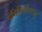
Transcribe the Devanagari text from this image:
पॅपिनिकोलाव्ह